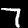
Label: 7